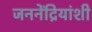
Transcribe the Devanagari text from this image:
जननेंद्रियांशी